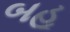
બહૂ